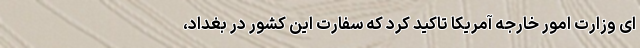
ای وزارت امور خارجه آمریکا تاکید کرد که سفارت این کشور در بغداد،